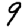
Digit: 9